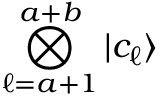
\bigotimes _ { \ell = a + 1 } ^ { a + b } \mathinner { | { c _ { \ell } } \rangle }